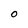
Character: O